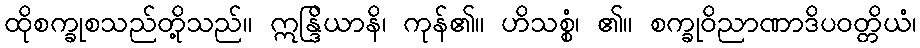
ထိုစက္ခုစသည်တို့သည်။ ဣန္ဒြိယာနိ၊ ကုန်၏။ ဟိသစ္စံ၊ ၏။ စက္ခုဝိညာဏာဒိပဝတ္တိယံ၊